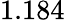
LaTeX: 1.184